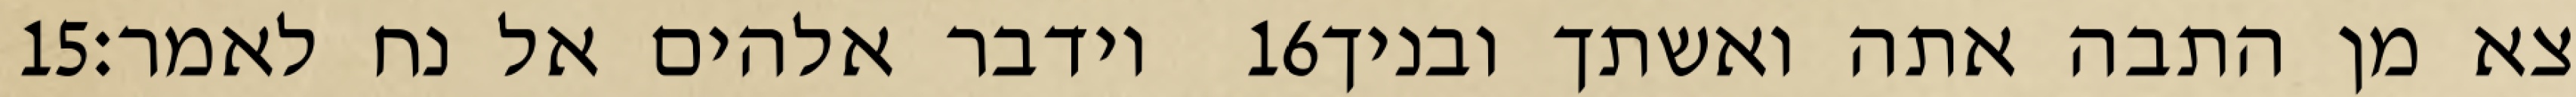
‎15‏ וידבר אלהים אל נח לאמר׃ ‎16‏ צא מן התבה אתה ואשתך ובניך